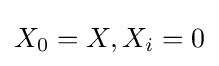
X_{0}=X,X_{i}=0